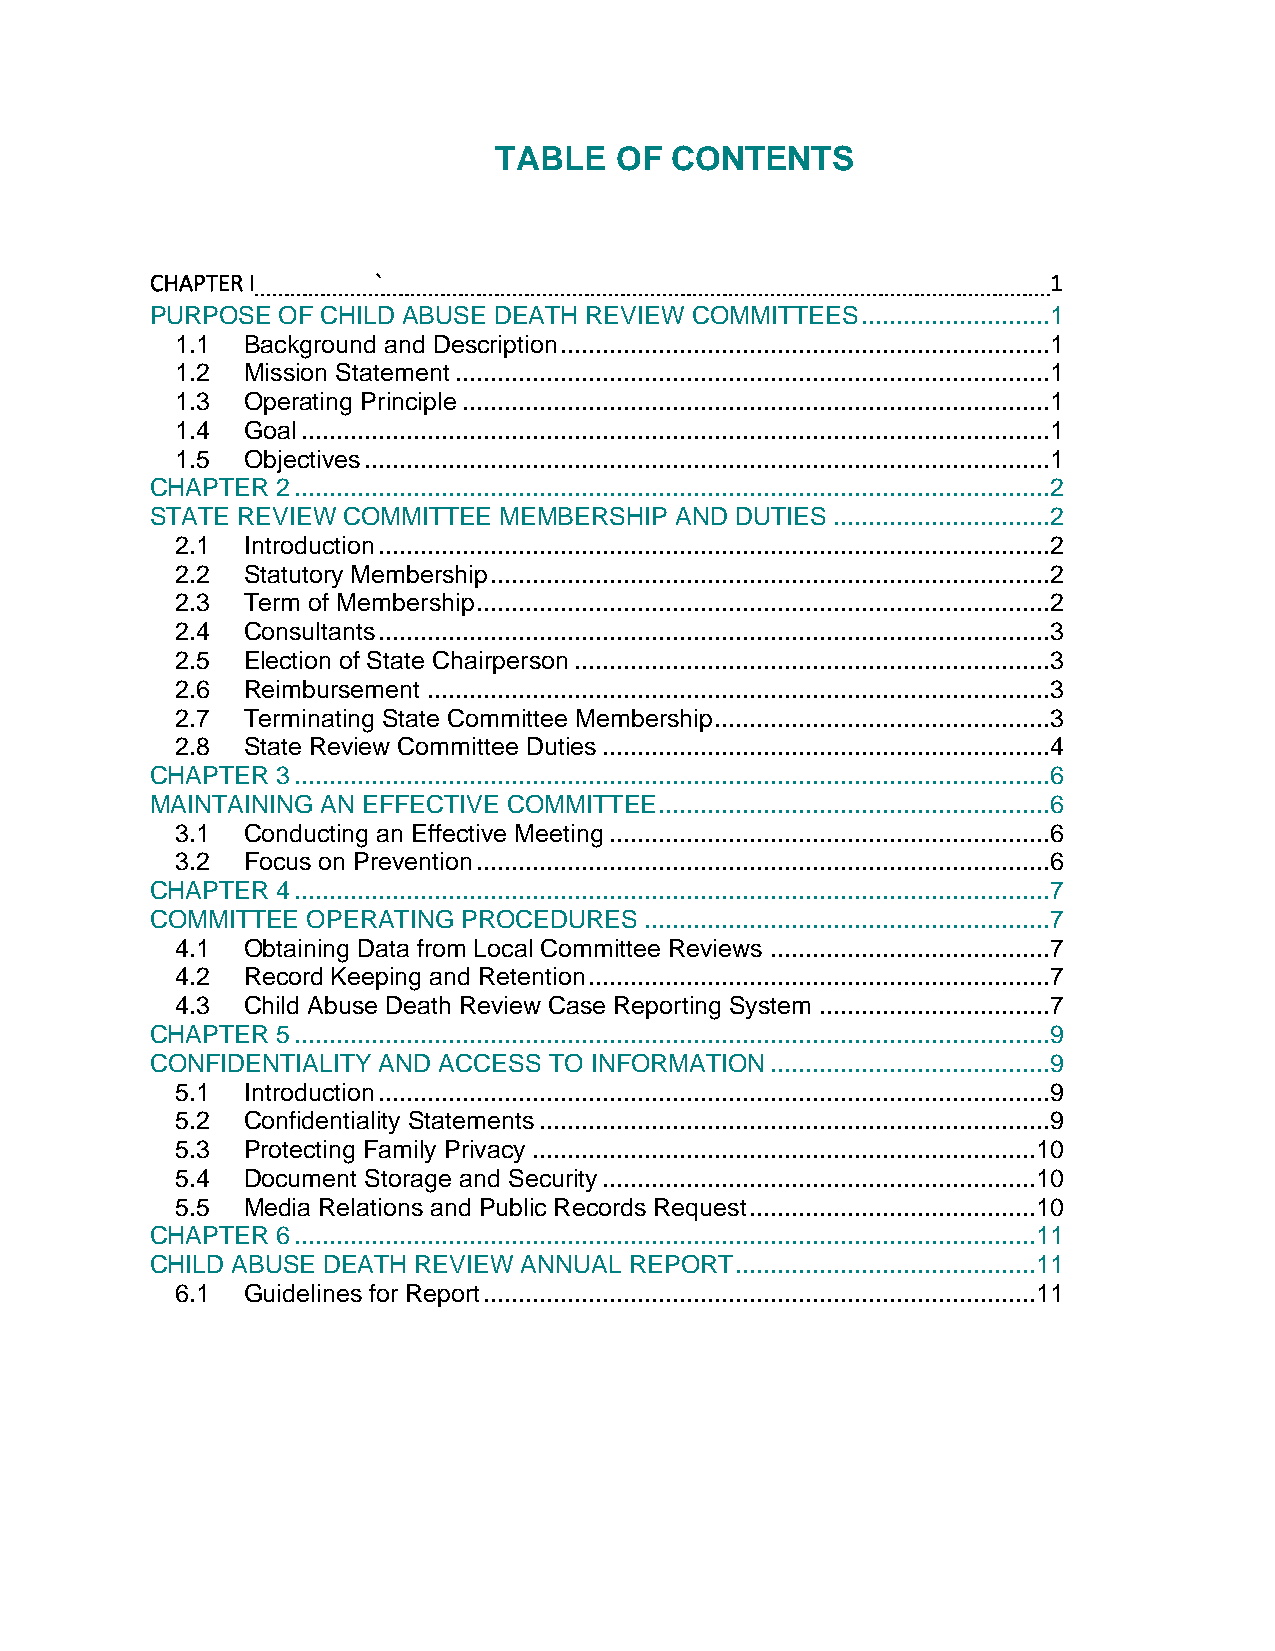
TABLE   OF CONTENTS
 CHAPTER I      `                                            1
 PURPOSE OF CHILD ABUSE DEATH REVIEW COMMITTEES ...........................1
 1.1 Background and Description ......................................................................1
 1.2 Mission Statement .....................................................................................1
 1.3 Operating Principle ....................................................................................1
 1.4 Goal ...........................................................................................................1
 1.5 Objectives ..................................................................................................1
 CHAPTER 2 ............................................................................................................2
 STATE REVIEW COMMITTEE MEMBERSHIP  AND DUTIES ...............................2
 2.1 Introduction ................................................................................................2
 2.2 Statutory Membership ................................................................................2
 2.3 Term of Membership ..................................................................................2
 2.4 Consultants ................................................................................................3
 2.5 Election of State Chairperson ....................................................................3
 2.6 Reimbursement .........................................................................................3
 2.7 Terminating State Committee Membership ................................................3
 2.8 State Review Committee Duties ................................................................4
 CHAPTER 3 ............................................................................................................6
 MAINTAINING AN EFFECTIVE COMMITTEE ........................................................6
 3.1 Conducting an Effective Meeting ...............................................................6
 3.2 Focus on Prevention ..................................................................................6
 CHAPTER 4 ............................................................................................................7
 COMMITTEE OPERATING  PROCEDURES  ..........................................................7
 4.1 Obtaining Data from Local Committee Reviews ........................................7
 4.2 Record Keeping and Retention ..................................................................7
 4.3 Child Abuse Death Review Case Reporting System .................................7
 CHAPTER 5 ............................................................................................................9
 CONFIDENTIALITY AND ACCESS TO INFORMATION ........................................9
 5.1 Introduction ................................................................................................9
 5.2 Confidentiality Statements .........................................................................9
 5.3 Protecting Family Privacy ........................................................................ 10
 5.4 Document Storage and Security .............................................................. 10
 5.5 Media Relations and Public Records Request ......................................... 10
 CHAPTER 6 .......................................................................................................... 11
 CHILD ABUSE DEATH REVIEW ANNUAL REPORT ........................................... 11
 6.1 Guidelines for Report ............................................................................... 11